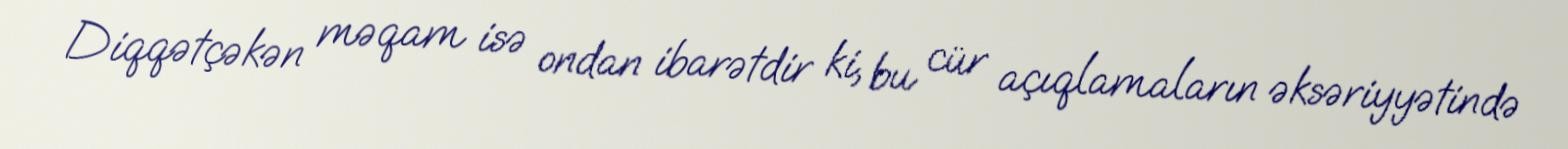
Diqqətçəkən məqam isə ondan ibarətdir ki, bu cür açıqlamaların əksəriyyətində